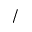
/